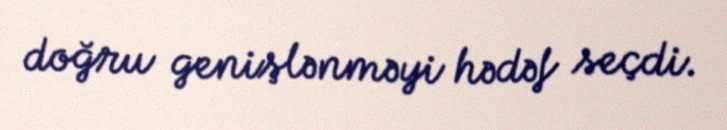
doğru genişlənməyi hədəf seçdi.